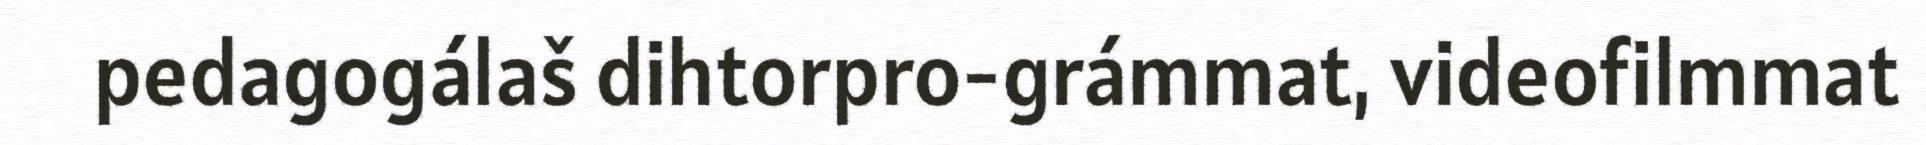
pedagogálaš dihtorpro-grámmat, videofilmmat